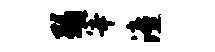
弱宰潼